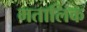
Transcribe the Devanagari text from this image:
मतालिक